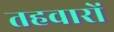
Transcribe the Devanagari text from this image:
तहवारों